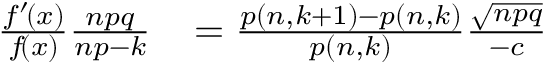
\begin{array} { r l } { { \frac { f ^ { \prime } \! ( x ) } { f \! ( x ) } } { \frac { n p q } { n p \! \, - \! \, k } } \! } & { { } = { \frac { p \left( n , k + 1 \right) - p \left( n , k \right) } { p \left( n , k \right) } } { \frac { \sqrt { n p q } } { - c } } } \end{array}